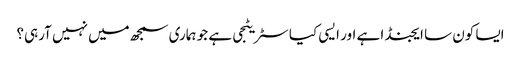
ایسا کون سا ایجنڈا ہے اور ایسی کیا سٹریٹجی ہے جو ہماری سمجھ میں نہیں آرہی؟